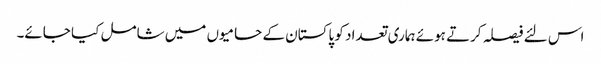
اس لئے فیصلہ کرتے ہوئے ہماری تعداد کو پاکستان کے حامیوں میں شامل کیا جائے۔